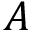
A